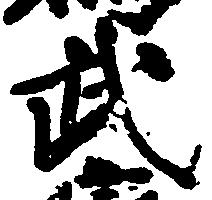
武